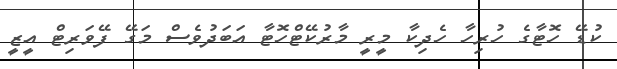
ކުޑޭ ހޮޓާގެ ހުރިހާ ހެދިކާ މީރީ މާރުކޭޓްހޮޓާ އަބަދުވެސް މަގޭ ފޭވަރިޓް އީޒީ